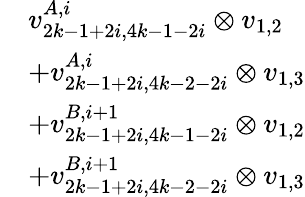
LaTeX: \begin{array}{rl}&{v_{2k-1+2i,4k-1-2i}^{A,i}\otimes v_{1,2}}\\ &{+v_{2k-1+2i,4k-2-2i}^{A,i}\otimes v_{1,3}}\\ &{+v_{2k-1+2i,4k-1-2i}^{B,i+1}\otimes v_{1,2}}\\ &{+v_{2k-1+2i,4k-2-2i}^{B,i+1}\otimes v_{1,3}}\end{array}